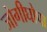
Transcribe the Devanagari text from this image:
जोगीघोपा